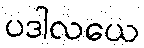
ပဒါလယေ